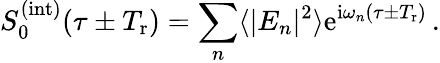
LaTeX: S_{0}^{(\mathrm{int})}(\tau\pm T_{\mathrm{r}})=\sum_{n}\langle|E_{n}|^{2}\rangle\mathrm{e}^{\mathrm{i}\omega_{n}(\tau\pm T_{\mathrm{r}})}\, .